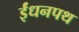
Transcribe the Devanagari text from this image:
ईंधनपथ